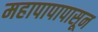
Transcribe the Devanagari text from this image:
महापापापासून